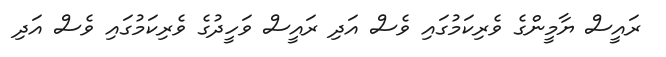
ރައީސް ޔާމީންގެ ވެރިކަމުގައި ވެސް އަދި ރައީސް ވަހީދުގެ ވެރިކަމުގައި ވެސް އަދި